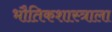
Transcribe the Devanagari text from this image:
भौतिकशास्त्राला